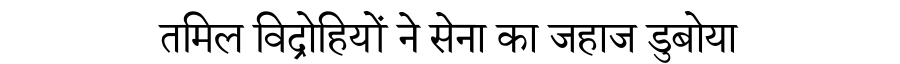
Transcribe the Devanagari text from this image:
तमिल विद्रोहियों ने सेना का जहाज डुबोया